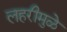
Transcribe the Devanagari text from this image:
लहरीमुळे